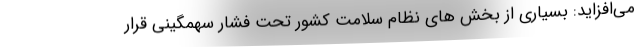
می‌افزاید: بسیاری از بخش های نظام سلامت کشور تحت فشار سهمگینی قرار